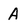
Character: A